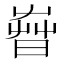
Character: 𣈤